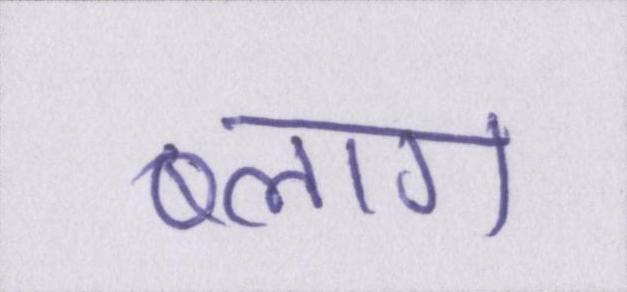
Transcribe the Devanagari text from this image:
ब्लाग